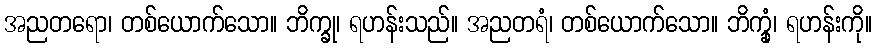
အညတရော၊ တစ်ယောက်သော။ ဘိက္ခု၊ ရဟန်းသည်။ အညတရံ၊ တစ်ယောက်သော။ ဘိက္ခုံ၊ ရဟန်းကို။